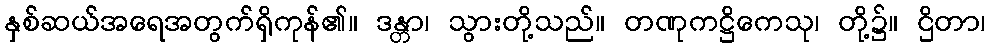
နှစ်ဆယ်အရေအတွက်ရှိကုန်၏။ ဒန္တာ၊ သွားတို့သည်။ တဏုကဋ္ဌိကေသု၊ တို့၌။ ဌိတာ၊